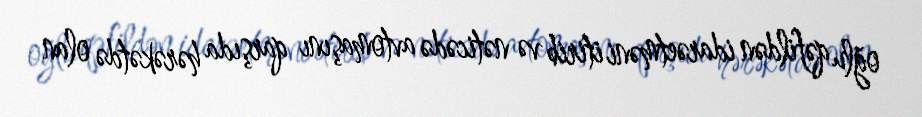
oğlu qəfildən idarəetməni itirib və nəticədə avtomaşını qarşıda hərəkətdə olan